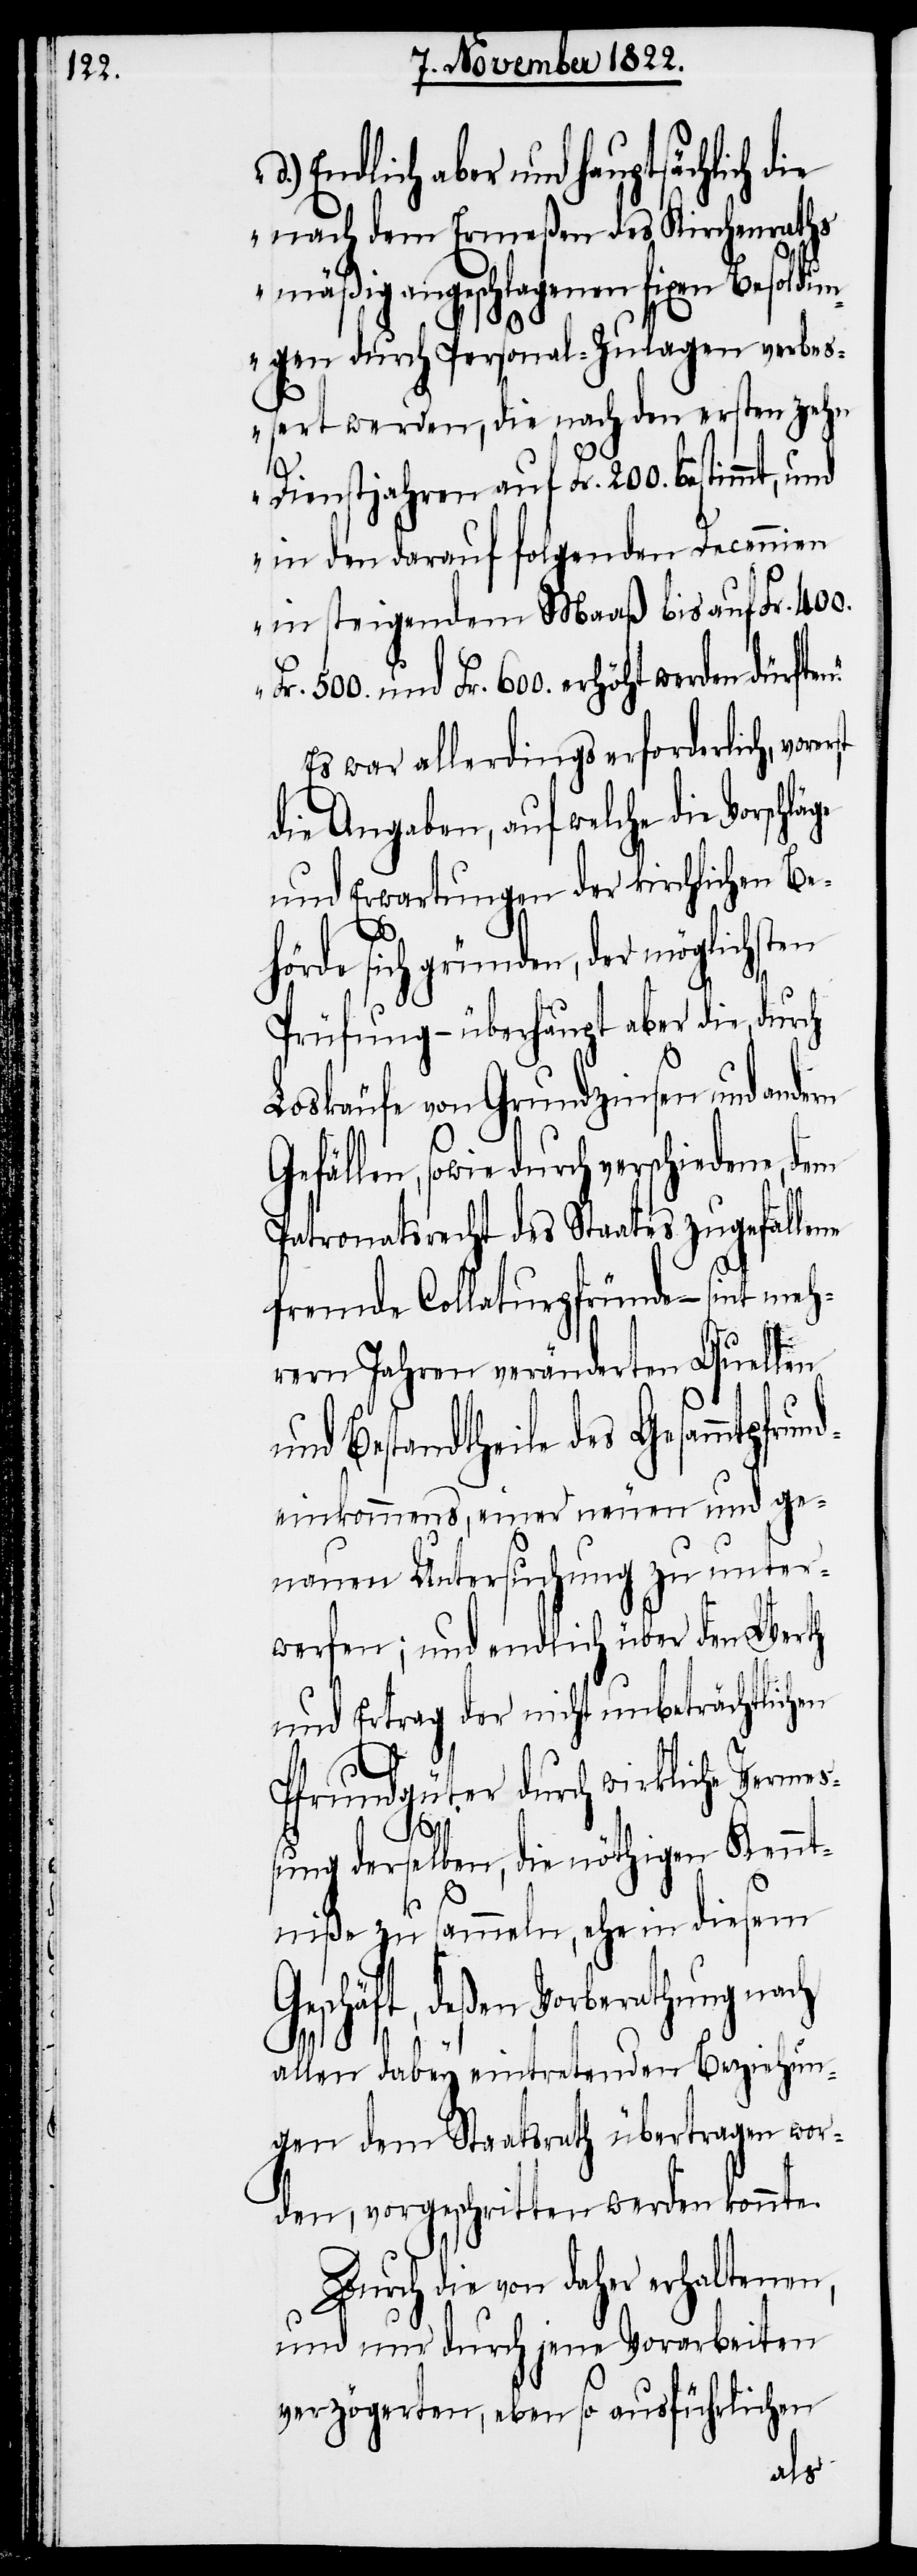
d) Endlich aber und hauptsächli¬
nach dem Ermeßen des Kirchenraths
mäßig angeschlagenen fixen Besoldu¬
ngen durch Personal-Zulagen verbes¬
sert werden, die nach den ersten zehn
Dienstjahren auf Fr. 200. bestimmt, und
in den darauf folgenden Decennien
in steigendem Maaß bis auf Fr. 400.
500. und Fr. 600. erhöht werden dürfte¬
Es war allerdings erforderlich, vore¬
die Angaben, auf welche die
und Erwartungen der kirchlichen Be¬
hörde sich gründen, der möglichsten
Prüfung – überhaupt aber die, durch
Loskäufe von Grundzinsen und an¬
Gefällen, sowie durch verschiedene, dem
Patronatsrecht des Staates zugefallene
fremde Collaturpfründe – sint meh¬
rern Jahren veränderten Quellen
und Bestandtheile des Gesammtpfru¬
ndeinkommens, einer neuen und ge¬
nauen Untersuchung zu unter¬
werfen; und endlich über den Werth
und Ertrag der nicht unbeträchtlichen
Prundgüter durch wirkliche Verme¬
ßung derselben, die nöthigen Kennt¬
niße zu sammeln, ehe in diesem
Geschäft, deßen Vorberathung nach
dern
ch
allen dabey eintretenden Beziehun¬
gen dem Staatsrath übertragen wor¬
den, vorgeschritten werden konnte.
Durch die von daher erhaltenen,
und nur durch jene Vorarbeiten
verzögerten, eben so ausführlichen